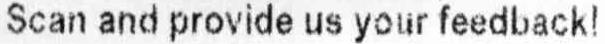
SCAN AND PROVIDE US YOUR FEEDBACK!